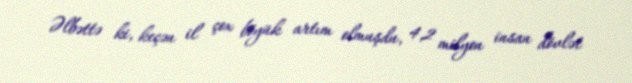
Əlbəttə ki, keçən il çox böyük artım olmuşdu, 4,2 milyon insan dövlət